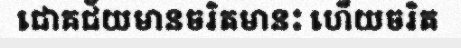
ជោគជ័យមានចរិតមានះ ហើយចរិត